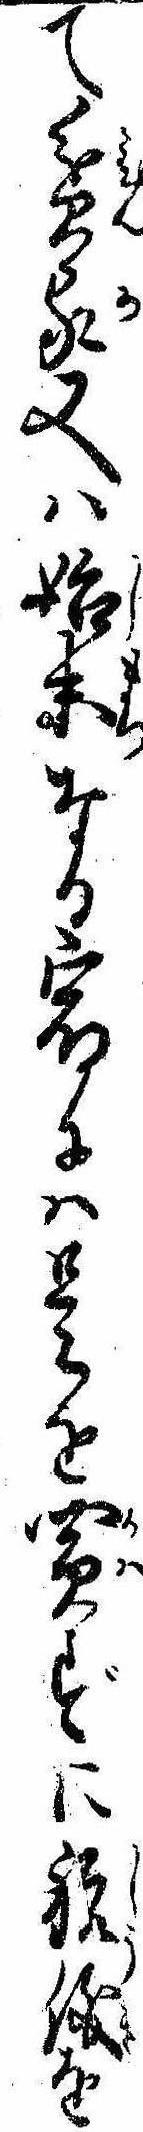
て貧家又は始末なる宿には是を買ずに祝儀を